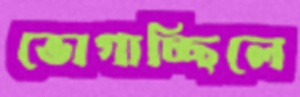
ভোগাচ্ছিলে